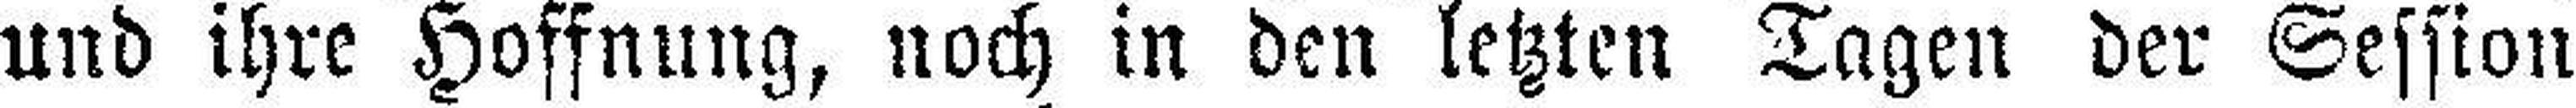
und ihre Hoffnung, noch in den letzten Tagen der Session